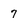
Character: 7